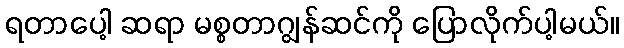
ရတာပေါ့ ဆရာ မစ္စတာဂျွန်ဆင်ကို ပြောလိုက်ပါ့မယ်။